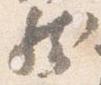
然